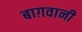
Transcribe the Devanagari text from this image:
बाग़वानी